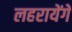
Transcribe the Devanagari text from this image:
लहरायेंगे